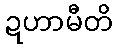
ဍဟာမီတိ